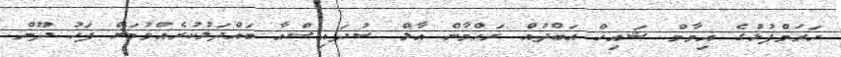
ހަރަމްފުޅުގެ އިމާމް ޝައިޚް އަބްދުއް ރަހްމާން އާލް ސުދައިސްއާ ބައްދަލުކުރެއްވުމަށް ފަހު ދޫން